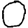
Digit: 0